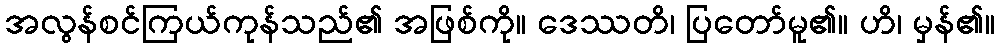
အလွန်စင်ကြယ်ကုန်သည်၏ အဖြစ်ကို။ ဒေဿတိ၊ ပြတော်မူ၏။ ဟိ၊ မှန်၏။